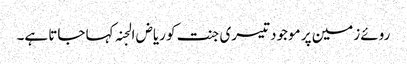
روئے زمین پر موجود تیسری جنت کو ریاض الجنہ کہا جاتا ہے۔